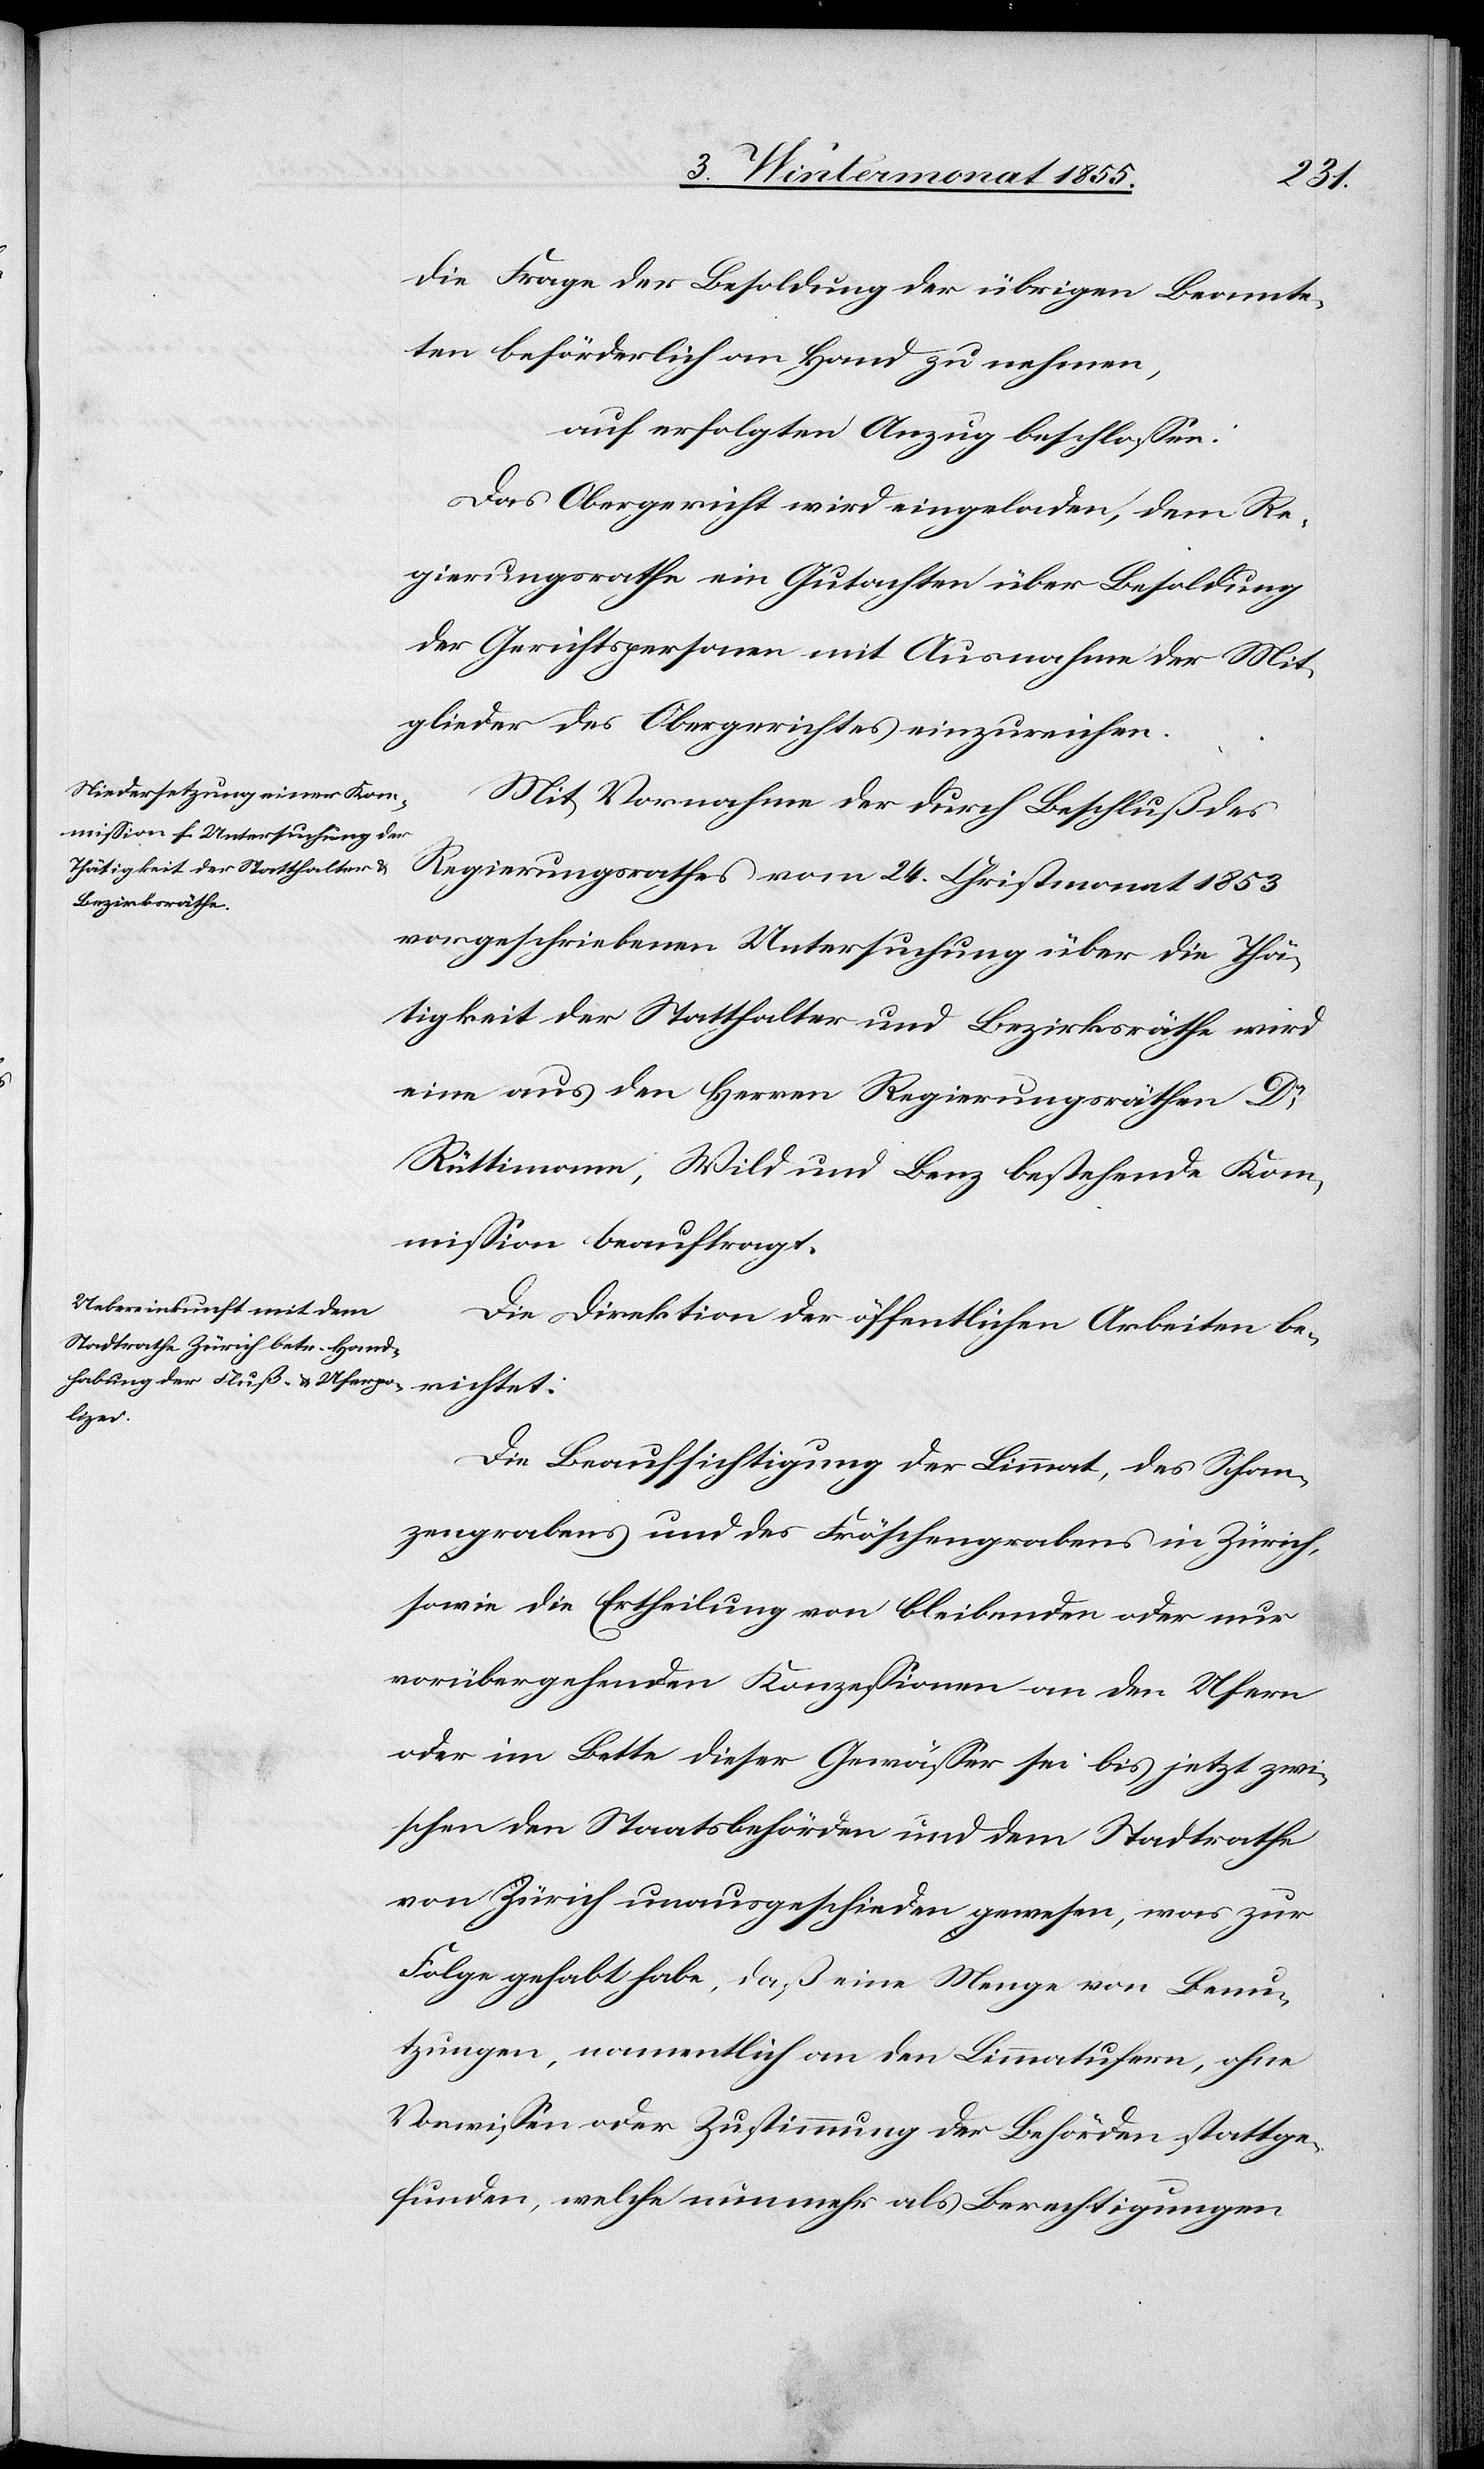
die Frage der Besoldung der übrigen Beamte¬
ten beförderlich an Hand zu nehmen,
auf erfolgten Anzug beschlossen:
Das Obergericht wird eingeladen, dem Re¬
gierungsrathe ein Gutachten über Besoldung
der Gerichtspersonen mit Ausnahme der Mit¬
glieder des Obergerichtes einzureichen.
Mit Vornahme der durch Beschluß des
Regierungsrathes vom 24. Christmonat 1853
vorgeschriebenen Untersuchung über die Thä¬
tigkeit der Statthalter und Bezirksräthe wird
eine aus den Herren Regierungsräthen Dr
Rüttimann, Wild und Benz bestehende Kom¬
mission beauftragt.
Die Direktion der öffentlichen Arbeiten be¬
richtet:
Die Beaufsichtigung der Limmat, des Schan¬
zengrabens und des Fröschengrabens in Zürich,
sowie die Ertheilung von bleibenden oder nur
vorübergehenden Konzessionen an den Ufern
oder im Bette dieser Gewässer sei bis jetzt zwi¬
schen den Staatsbehörden und dem Stadtrathe
von Zürich unausgeschieden gewesen, was zur
Folge gehabt habe, daß eine Menge von Benu¬
tzungen, namentlich an den Limmatufern, ohne
Vorwissen oder Zustimmung der Behörden stattge¬
funden, welche nunmehr als Berechtigungen